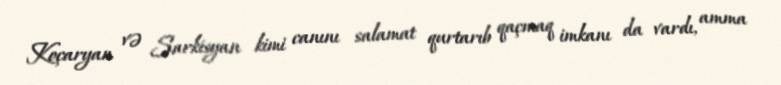
Koçaryan və Sarkisyan kimi canını salamat qurtarıb qaçmaq imkanı da vardı, amma